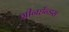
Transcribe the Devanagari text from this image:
ग्रीनहँन्डस